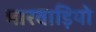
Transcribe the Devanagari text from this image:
मारवाड़ियो